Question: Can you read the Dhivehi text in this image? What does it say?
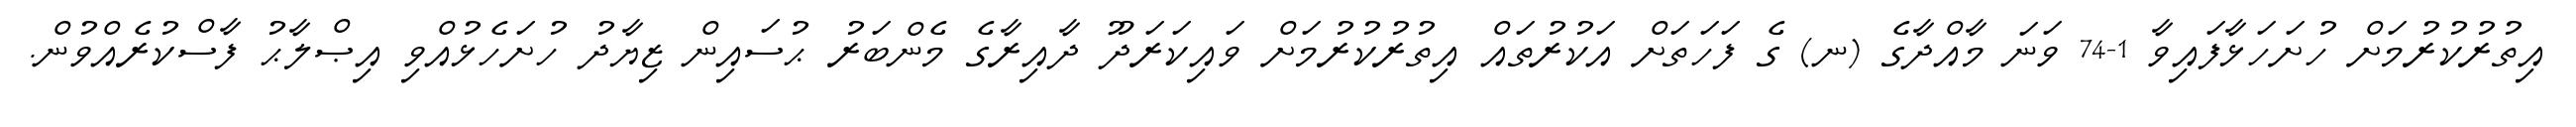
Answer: އިތުރުކުރުމަށް ހުށަހަޅާފައިވާ 1-74 ވަނަ މާއްދާގެ (ނ) ގެ ފަހަތަށް އަކުރުތައް އިތުރުކުރުމަށް ވައިކަރަދޫ ދާއިރާގެ މެންބަރު ޙުސައިން ޒިޔާދު ހުށަހެޅުއްވި އިޞްލާޙު ފާސްކުރެއްވުން.